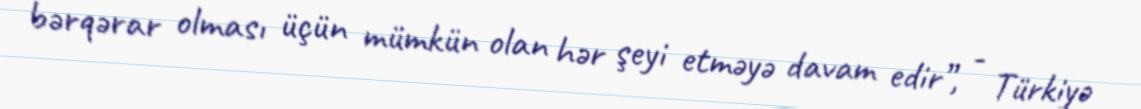
bərqərar olması üçün mümkün olan hər şeyi etməyə davam edir”, - Türkiyə